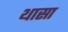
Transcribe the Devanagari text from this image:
थासा